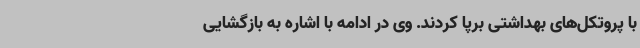
با پروتکل‌های بهداشتی برپا کردند. وی در ادامه با اشاره به بازگشایی